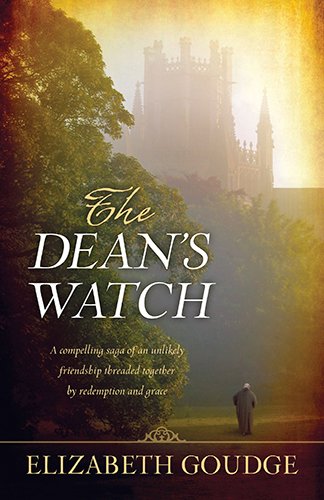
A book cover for The Dean's Watch; Elizabeth Goudge; Literature & Fiction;